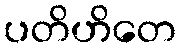
ပတိဟိတေ